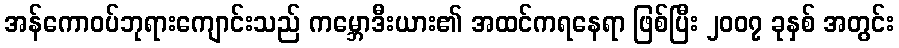
အန်ကောဝပ်ဘုရားကျောင်းသည် ကမ္ဘောဒီးယား၏ အထင်ကရနေရာ ဖြစ်ပြီး ၂၀၀၇ ခုနှစ် အတွင်း